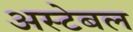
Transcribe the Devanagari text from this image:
अस्टेबल